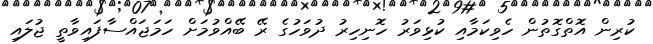
ކުރިން އޮތްގޮތުން ހެވިކަމާއި ކުޅިވަރު ހޮނިހިރު ދުވަހުގެ ރޭ ބޭއްވުމަށް ހަމަޖައްސާފައިވާތީ ޖުލައި